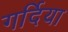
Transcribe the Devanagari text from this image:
गर्दिया